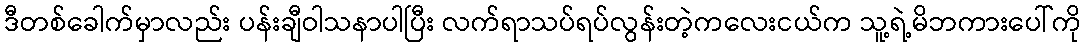
ဒီတစ်ခေါက်မှာလည်း ပန်းချီဝါသနာပါပြီး လက်ရာသပ်ရပ်လွန်းတဲ့ကလေးငယ်က သူ့ရဲ့မိဘကားပေါ်ကို